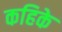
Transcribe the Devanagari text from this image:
कहिके